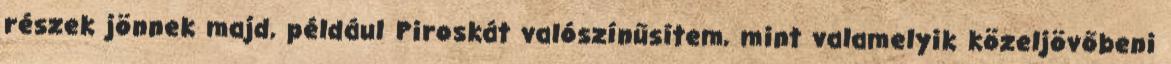
részek jönnek majd, például Piroskát valószínűsítem, mint valamelyik közeljövőbeni